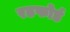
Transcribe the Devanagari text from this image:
रडफोर्ड